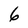
Character: 6